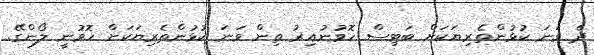
ދެ ވަނަ ކުޅުންތެރިޔަަކަށް ބަޓިސް ހޮވުނުއިރު ތިން ވަނަ ކުޅުންތެރިޔަކަށް ހޮވުނީ ލޯންގޭ.